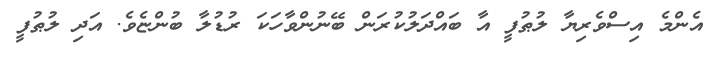
އެންމެ އިސްވެރިޔާ ލުޠުފީ އާ ބައްދަލުކުރަން ބޭނުންވާހަކަ ރުޑުލާ ބުންޏެވެ. އަދި ލުޠުފީ